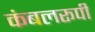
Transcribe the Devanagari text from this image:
कंबलरूपी